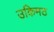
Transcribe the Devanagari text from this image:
उकिमठ